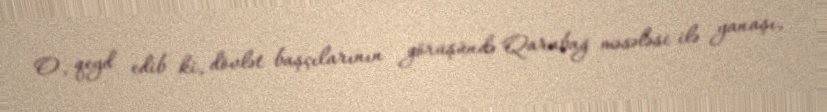
O, qeyd edib ki, dövlət başçılarının görüşündə Qarabağ məsələsi ilə yanaşı,